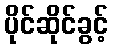
ပိုင်ဆိုင်ခွင့်